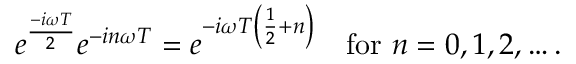
e ^ { \frac { - i \omega T } { 2 } } e ^ { - i n \omega T } = e ^ { - i \omega T \left( { \frac { 1 } { 2 } } + n \right) } \quad { \mathrm { f o r ~ } } n = 0 , 1 , 2 , \ldots .